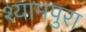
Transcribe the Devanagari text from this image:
श्यामपुरा